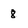
Character: 8